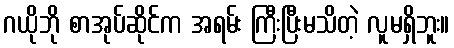
ဂယိုဘို စာအုပ်ဆိုင်က အရမ်း ကြီးပြီးမသိတဲ့ လူမရှိဘူး။